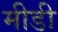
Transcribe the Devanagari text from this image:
मीडी